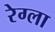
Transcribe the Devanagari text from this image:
रेग्ला